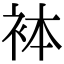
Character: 𧙄